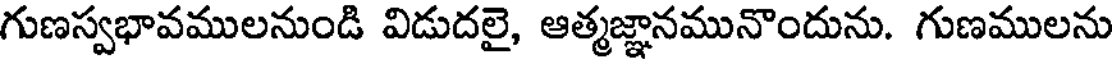
గుణస్వభావములనుండి విడుదలై, ఆత్మజ్ఞానమునొందును. గుణములను